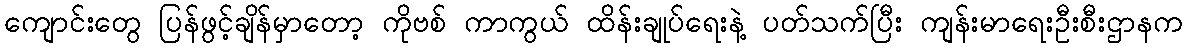
ကျောင်းတွေ ပြန်ဖွင့်ချိန်မှာတော့ ကိုဗစ် ကာကွယ် ထိန်းချုပ်ရေးနဲ့ ပတ်သက်ပြီး ကျန်းမာရေးဦးစီးဌာနက